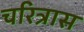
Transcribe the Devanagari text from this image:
चरित्रास